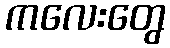
ကလေးတွေ